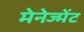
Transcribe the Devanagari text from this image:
मेनेज्मेंट